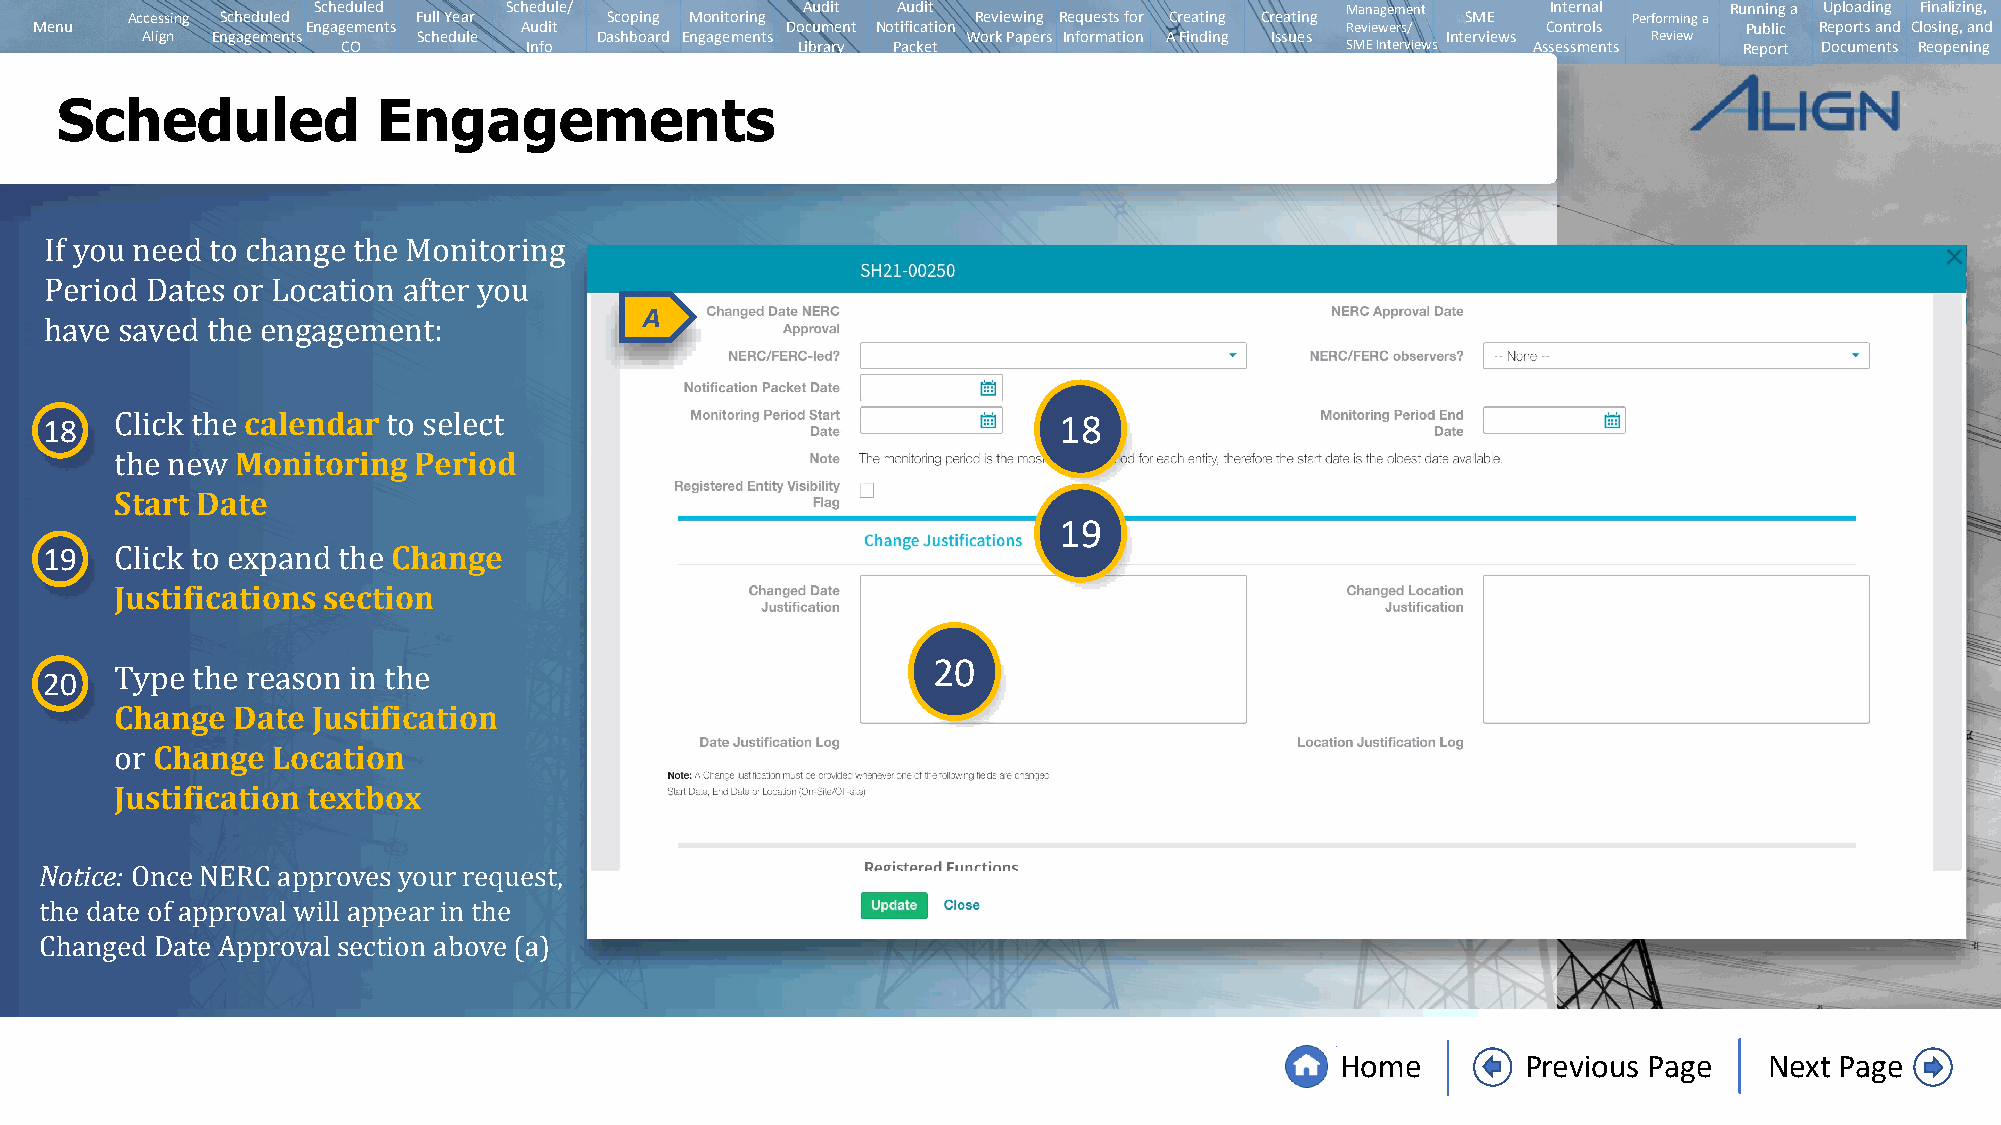
Scheduled   Schedule/           Audit Audit                         Management    Internal   Running a Uploading Finalizing,
 Accessing Scheduled Full Year   Scoping Monitoring       Reviewing Requests for Creating Creating SME Performing a
 Menu              Engagements   Audit             Document Notification                Reviewers/   Controls      Public Reports and Closing, and
 Align Engagements  Schedule   Dashboard Engagements    Work Papers Information A Finding Issues Interviews Review
 CO          Info              Library Packet                      SMEInterviews Assessments Report Documents Reopening
 Scheduled            Engagements
 If you need to change the Monitoring    A
 Period Dates or Location after you
 have saved the engagement:
 18           calendar                                              18
 Monitoring Period
 Click the         to select
 Start Date
 the new                                                       19
 19                     Change
 Justifications section
 Click to expand the
 20
 20
 Change Date  Justification
 Type the reason in the
 Change  Location
 Justification textbox
 or
 Notice:
 Once NERC approves your request,
 the date of approval will appear in the
 Changed Date Approval section above (a)
 Home        Previous Page   Next Page